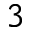
^ { 3 }